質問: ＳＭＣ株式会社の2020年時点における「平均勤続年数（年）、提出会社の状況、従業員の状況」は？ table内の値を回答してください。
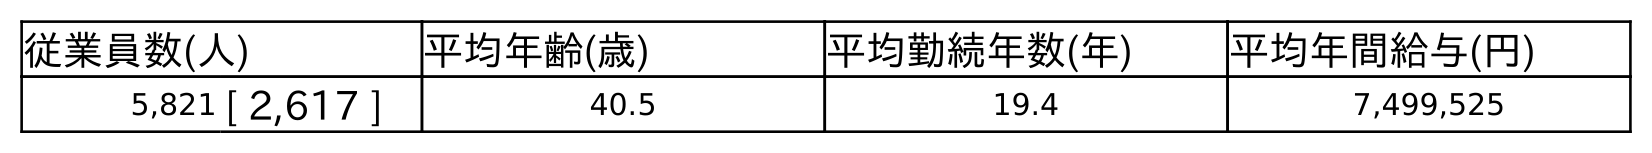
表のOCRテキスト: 従業員数(人) 平均年齢(歳) 平均勤続年数(年) 平均年間給与(円) 5,821 [ 2,617 ] 40.5 19.4 7,499,525
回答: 19.4